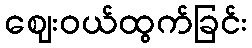
ဈေးဝယ်ထွက်ခြင်း